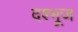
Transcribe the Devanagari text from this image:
दश्भूज